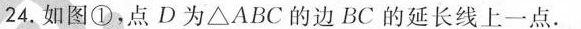
24.如图①，点D为\triangle ABC的边BC的延长线上一点.